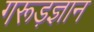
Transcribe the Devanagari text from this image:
गरूड़ज्ञान